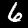
Digit: 6